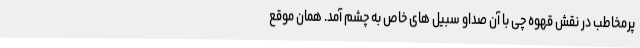
پرمخاطب در نقش قهوه چی با آن صداو سبیل های خاص به چشم آمد. همان موقع